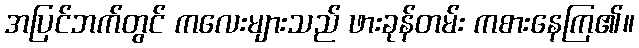
အပြင်ဘက်တွင် ကလေးများသည် ဖားခုန်တမ်း ကစားနေကြ၏။